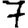
Digit: 7